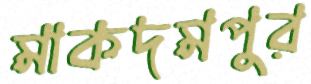
মাকদমপুর